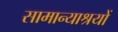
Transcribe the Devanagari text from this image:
सामान्याश्रयों